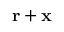
\mathbf { r } + \mathbf { x }